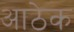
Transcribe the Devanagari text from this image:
आठेक